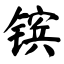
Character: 镔